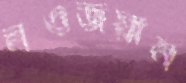
নওজয়ান